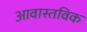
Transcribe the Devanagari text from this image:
आवास्तविक